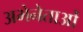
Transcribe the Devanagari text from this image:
अभेनेताओं